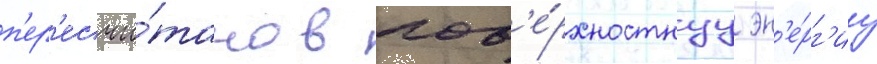
п'ер'есчи́тано в пов'е́рхностнуу эн'е́рг'иу